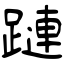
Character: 蹥